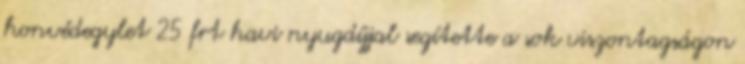
honvédegylet 25 frt havi nyugdíjjal segítette a sok viszontagságon